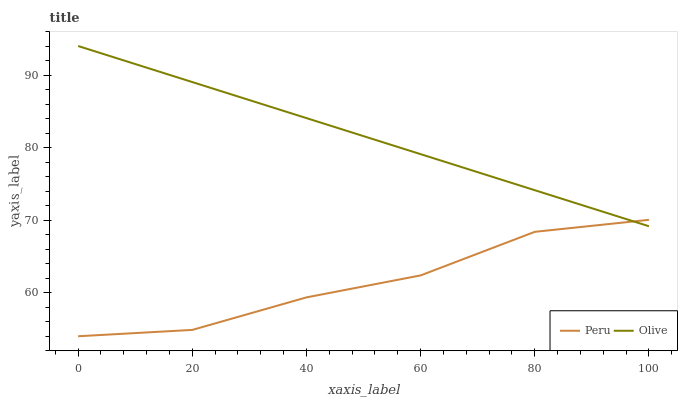
| xaxis_label | Peru | Olive |
 | --- | --- | --- |
 | 0 | 54 | 94 |
 | 20 | 54.8 | 89 |
 | 40 | 59.3 | 84.1 |
 | 60 | 62.4 | 79.1 |
 | 80 | 68.4 | 74.1 |
 | 100 | 70 | 69.1 |